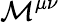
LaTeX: {\mathcal{M}}^{\mu\nu}